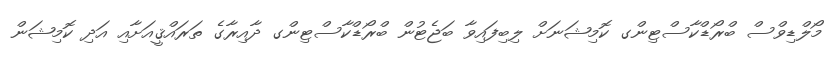
މޯލްޑިވްސް ބްރޯޑްކާސްޓިންގ ކޮމިޝަނަށް ލިބިފައިވާ ބަޖެޓުން ބްރޯޑްކާސްޓިންގ ދާއިރާގެ ތަރައްޤީއަށާއި އަދި ކޮމިޝަން